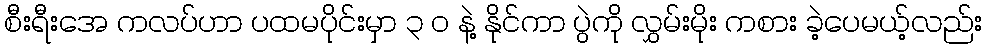
စီးရီးအေ ကလပ်ဟာ ပထမပိုင်းမှာ ၃ ၀ နဲ့ နိုင်ကာ ပွဲကို လွှမ်းမိုး ကစား ခဲ့ပေမယ့်လည်း